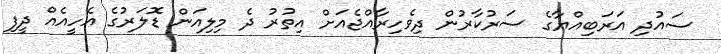
ސައުދި އަރަބިއްޔާގެ ސަރުކާރުން ދިވެހިރާއްޖެއަށް އިތުރު ދެ މިލިއަން ޑޮލަރުގެ އެހީއެއް ދީފި